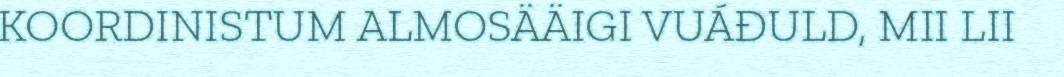
KOORDINISTUM ALMOSÄÄIGI VUÁĐULD, MII LII